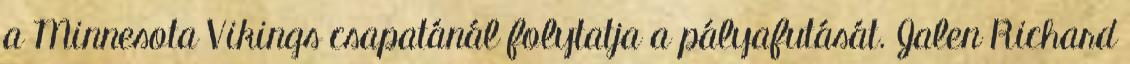
a Minnesota Vikings csapatánál folytatja a pályafutását. Jalen Richard